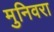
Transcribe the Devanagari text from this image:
मुनिवरा